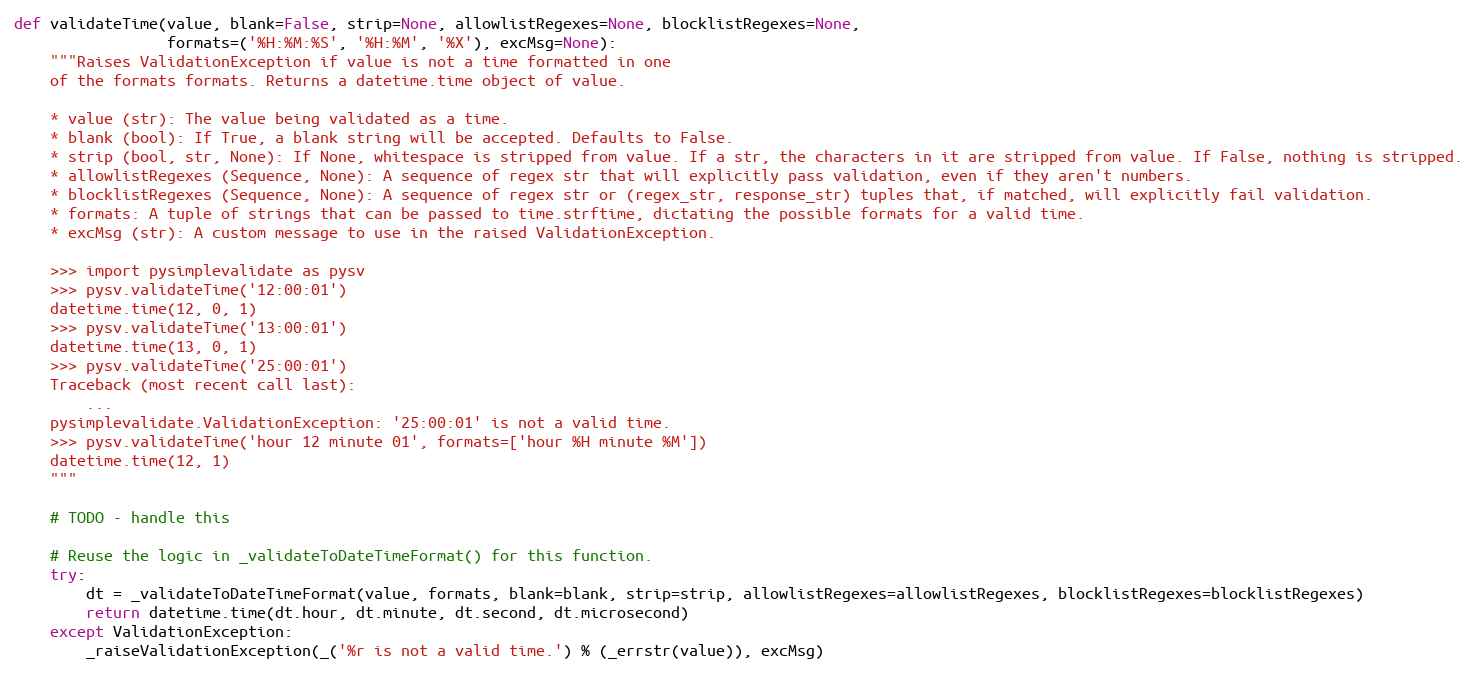
Language: Python
def validateTime(value, blank=False, strip=None, allowlistRegexes=None, blocklistRegexes=None,
                 formats=('%H:%M:%S', '%H:%M', '%X'), excMsg=None):
    """Raises ValidationException if value is not a time formatted in one
    of the formats formats. Returns a datetime.time object of value.

    * value (str): The value being validated as a time.
    * blank (bool): If True, a blank string will be accepted. Defaults to False.
    * strip (bool, str, None): If None, whitespace is stripped from value. If a str, the characters in it are stripped from value. If False, nothing is stripped.
    * allowlistRegexes (Sequence, None): A sequence of regex str that will explicitly pass validation, even if they aren't numbers.
    * blocklistRegexes (Sequence, None): A sequence of regex str or (regex_str, response_str) tuples that, if matched, will explicitly fail validation.
    * formats: A tuple of strings that can be passed to time.strftime, dictating the possible formats for a valid time.
    * excMsg (str): A custom message to use in the raised ValidationException.

    >>> import pysimplevalidate as pysv
    >>> pysv.validateTime('12:00:01')
    datetime.time(12, 0, 1)
    >>> pysv.validateTime('13:00:01')
    datetime.time(13, 0, 1)
    >>> pysv.validateTime('25:00:01')
    Traceback (most recent call last):
        ...
    pysimplevalidate.ValidationException: '25:00:01' is not a valid time.
    >>> pysv.validateTime('hour 12 minute 01', formats=['hour %H minute %M'])
    datetime.time(12, 1)
    """

    # TODO - handle this

    # Reuse the logic in _validateToDateTimeFormat() for this function.
    try:
        dt = _validateToDateTimeFormat(value, formats, blank=blank, strip=strip, allowlistRegexes=allowlistRegexes, blocklistRegexes=blocklistRegexes)
        return datetime.time(dt.hour, dt.minute, dt.second, dt.microsecond)
    except ValidationException:
        _raiseValidationException(_('%r is not a valid time.') % (_errstr(value)), excMsg)